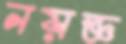
নয়জ্ঞ